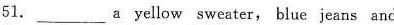
51. ___ a yellow sweater, blue jeans and